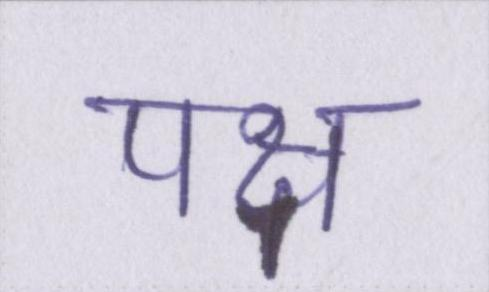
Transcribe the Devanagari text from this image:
पक्ष